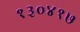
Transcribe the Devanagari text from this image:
१३०४१७